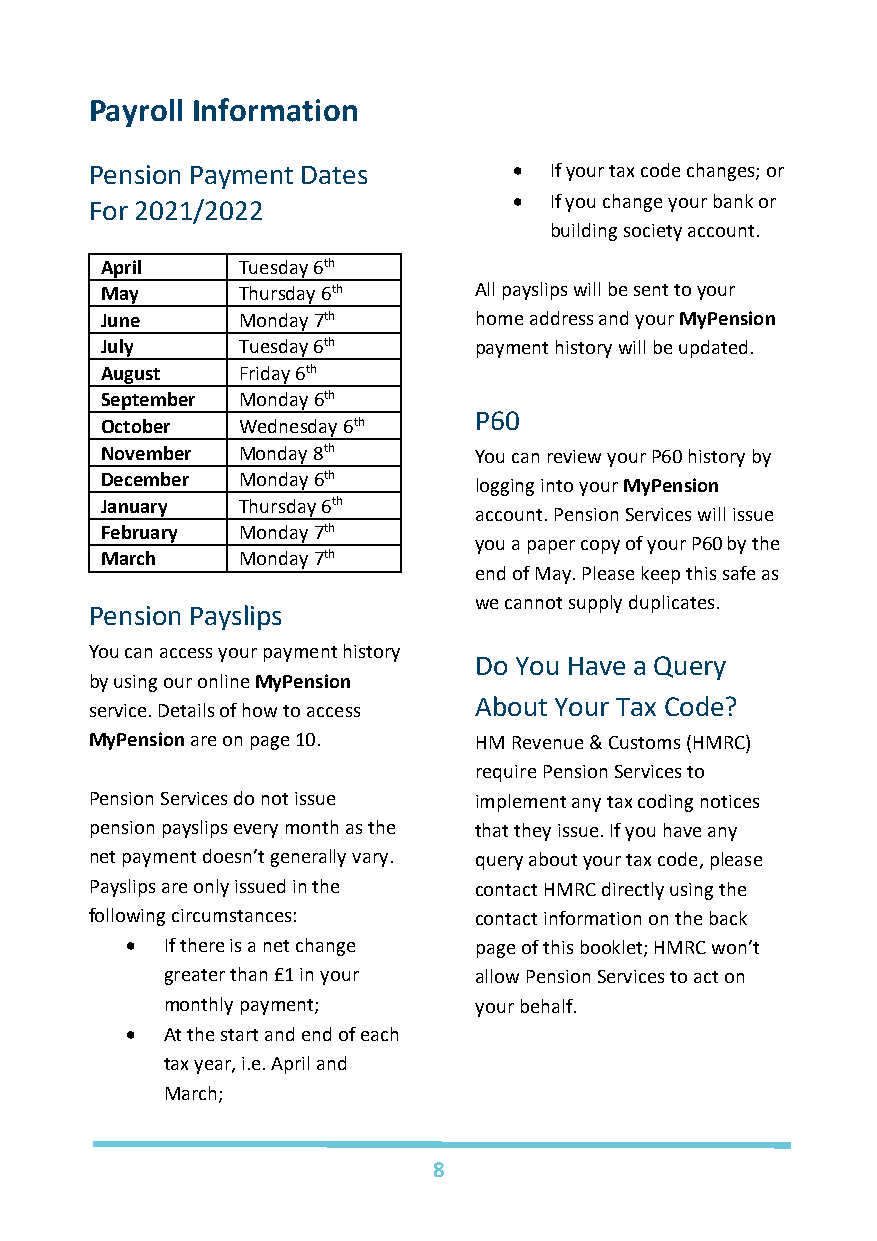
Payroll Information
 Pension Payment Dates       • If your tax code changes; or
 For 2021/2022               • If you change your bank or
 building society account.
 April    Tuesday 6th
 May      Thursday 6th   All payslips will be sent to your
 June     Monday 7th     home address and your MyPension
 July     Tuesday 6th    payment history will be updated.
 August   Friday 6th
 September Monday 6th
 P60
 October  Wednesday 6th
 November Monday 8th     You can review your P60 history by
 December Monday 6th     logging into your MyPension
 January  Thursday 6th
 account. Pension Services will issue
 February Monday 7th
 you a paper copy of your P60 by the
 March    Monday 7th
 end of May. Please keep this safe as
 we cannot supply duplicates.
 Pension Payslips
 You can access your payment history
 Do You Have a Query
 by using our online MyPension
 About Your Tax Code?
 service. Details of how to access
 MyPension are on page 10. HM Revenue & Customs (HMRC)
 require Pension Services to
 Pension Services do not issue implement any tax coding notices
 pension payslips every month as the that they issue. If you have any
 net payment doesn’t generally vary. query about your tax code, please
 Payslips are only issued in the contact HMRC directly using the
 following circumstances: contact information on the back
 •  If there is a net change page of this booklet; HMRC won’t
 greater than £1 in your allow Pension Services to act on
 monthly payment;    your behalf.
 •  At the start and end of each
 tax year, i.e. April and
 March;
 8